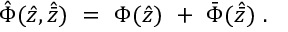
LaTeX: { \hat { \Phi } } ( { \hat { z } } , { \hat { \bar { z } } } ) \ = \ \Phi ( { \hat { z } } ) \ + \ { \bar { \Phi } } ( { \hat { \bar { z } } } ) \ .